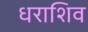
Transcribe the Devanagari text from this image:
धराशिव